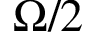
\Omega / 2